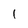
Character: 1